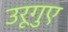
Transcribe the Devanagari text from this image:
उरूगुए